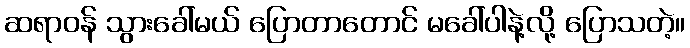
ဆရာဝန် သွားခေါ်မယ် ပြောတာတောင် မခေါ်ပါနဲ့လို့ ပြောသတဲ့။